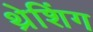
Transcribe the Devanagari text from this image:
थ्रेशिंग